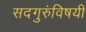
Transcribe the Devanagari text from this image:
सदगुरुंविषयी